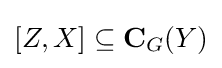
[Z,X]\subseteq \mathbf {C} _{G}(Y)